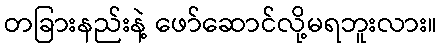
တခြားနည်းနဲ့ ဖော်ဆောင်လို့မရဘူးလား။